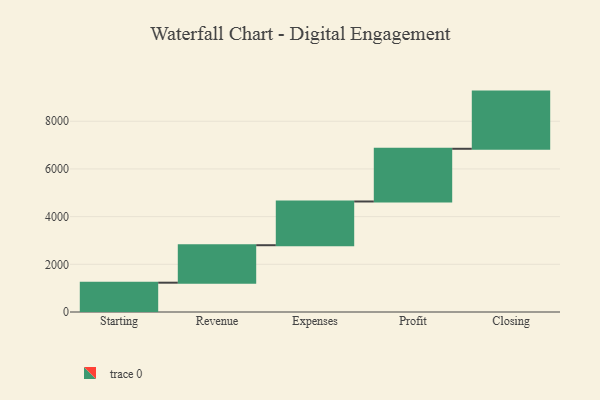
{"axis": {"x": "Step", "y": "Value"}, "legend": [""], "data": [{"x": "Starting", "y": 1229.0, "type": ""}, {"x": "Revenue", "y": 1572.0, "type": ""}, {"x": "Expenses", "y": 1834.0, "type": ""}, {"x": "Profit", "y": 2210.0, "type": ""}, {"x": "Closing", "y": 2398.0, "type": ""}]}